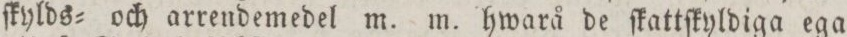
ſkylds= och arrendemedel m. m. hwarå de ſkattſkyldiga ega